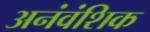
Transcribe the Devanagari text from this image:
अनंवंशिक